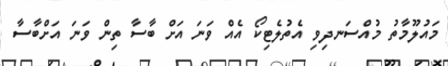
މައުލޫމާތު މުއްސަނދިވި އެތުލެޓިކޯ އެއް ވަނަ އަށް ބާސާ ތިން ވަނަ އަށްބާސާ